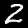
Digit: 2